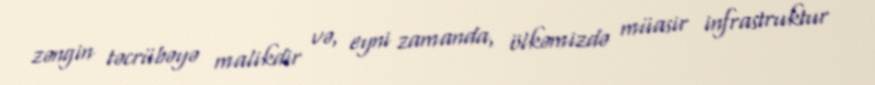
zəngin təcrübəyə malikdir və, eyni zamanda, ölkəmizdə müasir infrastruktur